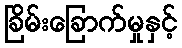
ခြိမ်းခြောက်မှုနှင့်